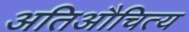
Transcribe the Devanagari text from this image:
अतिऔचित्य